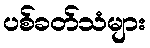
ပစ်ခတ်သံများ